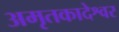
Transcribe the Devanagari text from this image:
अमृतकादेश्वर